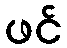
ဖင်